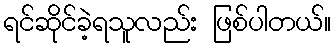
ရင်ဆိုင်ခဲ့ရသူလည်း ဖြစ်ပါတယ်။